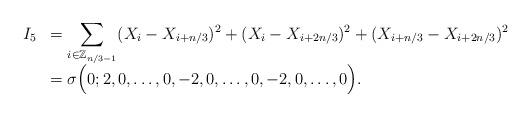
LaTeX: \begin{align*}\begin{array}{rl}I_5 &= \displaystyle \sum_{i \in \mathbb{Z}_{n/3-1}}(X_i-X_{i+n/3})^2 +(X_i-X_{i+2n/3})^2 + (X_{i+n/3}-X_{i+2n/3})^2 \\&= \displaystyle \sigma\Big( 0; 2 , 0 , \dots, 0 ,-2 , 0, \dots, 0, -2, 0, \dots, 0 \Big) . \end{array}\end{align*}